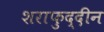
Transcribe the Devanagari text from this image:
शराफुद्दीन